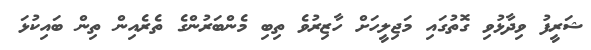
ޝަރީފު ވިދާޅުވި ގޮތުގައި މަޖިލީހަށް ހާޒިރުވެ ތިބި މެންބަރުންގެ ތެރެއިން ތިން ބައިކުޅަ